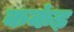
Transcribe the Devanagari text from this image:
ककंड़